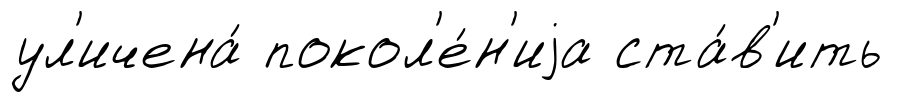
ул'ичена́ покол'е́н'иjа ста́в'ить